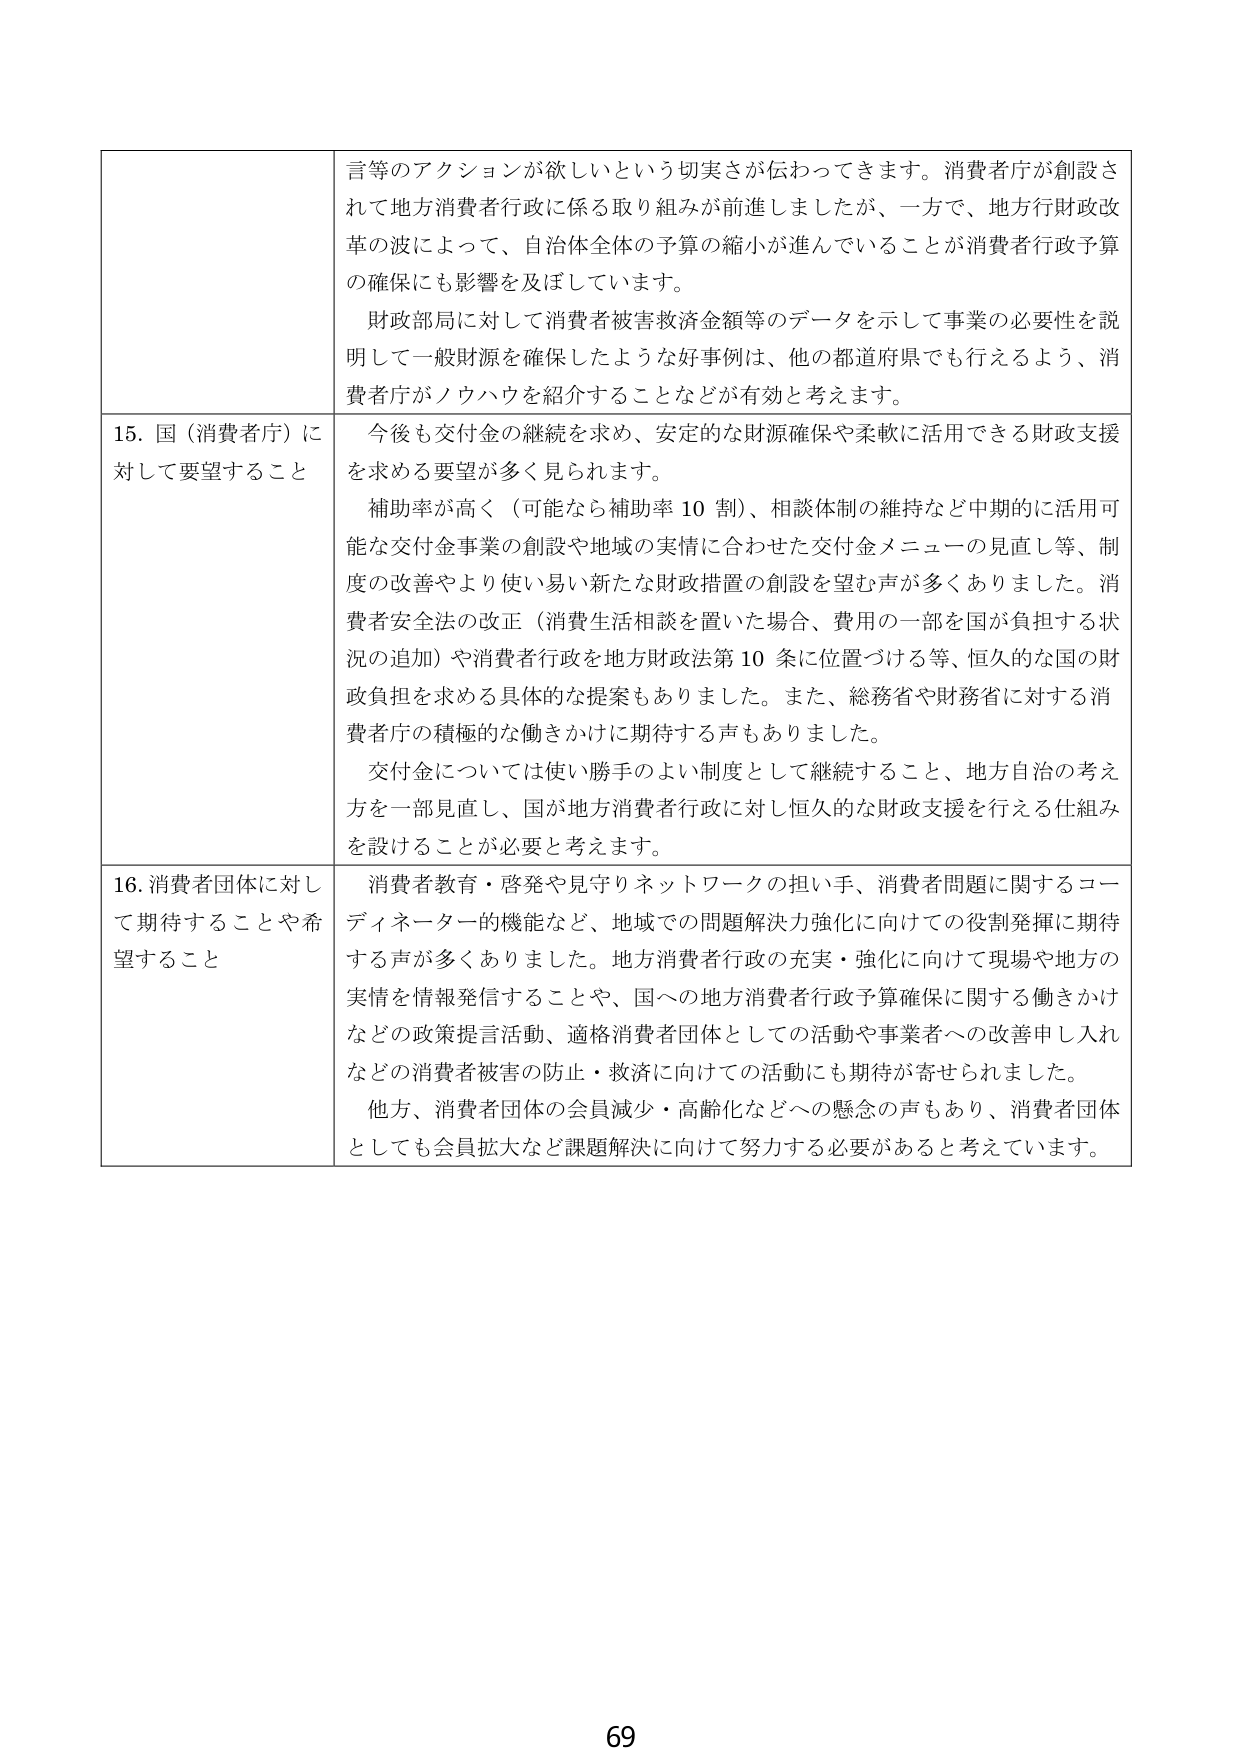
言等のアクションが欲しいという切実さが伝わってきます。消費者庁が創設されて地方消費者行政に係る取り組みが前進しましたが、一方で、地方行財政改革の波によって、自治体全体の予算の縮小が進んでいることが消費者行政予算の確保にも影響を及ぼしています。

財政部局に対して消費者被害救済金額等のデータを示して事業の必要性を説明して一般財源を確保したような好事例は、他の都道府県でも行えるよう、消費者庁がノウハウを紹介することなどが有効と考えます。

15. 国（消費者庁）に対して要望すること
今後も交付金の継続を求め、安定的な財源確保や柔軟に活用できる財政支援を求める要望が多く見られます。

補助率が高く（可能なら補助率10割）、相談体制の維持など中期的に活用可能な交付金事業の創設や地域の実情に合わせた交付金メニューの見直し等、制度の改善やより使い易い新たな財政措置の創設を望む声が多くありました。消費者安全法の改正（消費生活相談を置いた場合、費用の一部を国が負担する状況の追加）や消費者行政を地方財政法第10条に位置づける等、恒久的な国の財政負担を求める具体的な提案もありました。また、総務省や財務省に対する消費者庁の積極的な働きかけに期待する声もありました。

交付金については使い勝手のよい制度として継続すること、地方自治の考え方を一部見直し、国が地方消費者行政に対し恒久的な財政支援を行える仕組みを設けることが必要と考えます。

16. 消費者団体に対して期待することや希望すること
消費者教育・啓発や見守りネットワークの担い手、消費者問題に関するコーディネーター的機能など、地域での問題解決力強化に向けての役割発揮に期待する声が多くありました。地方消費者行政の充実・強化に向けて現場や地方の実情を情報発信することや、国への地方消費者行政予算確保に関する働きかけなどの政策提言活動、適格消費者団体としての活動や事業者への改善申し入れなどの消費者被害の防止・救済に向けての活動にも期待が寄せられました。

他方、消費者団体の会員減少・高齢化などへの懸念の声もあり、消費者団体としても会員拡大など課題解決に向けて努力する必要があると考えています。

69